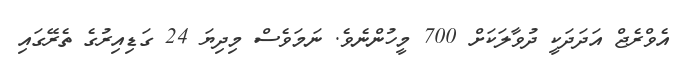
އެވްރެޖް އަދަދަކީ ދުވާލަކަށް 700 މީހުންނެވެ. ނަމަވެސް މިދިޔަ 24 ގަޑިއިރުގެ ތެރޭގައި